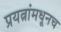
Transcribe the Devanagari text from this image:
प्रयत्नांमधूनच